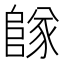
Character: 𨺵